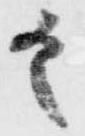
具